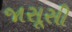
જાસૂસી